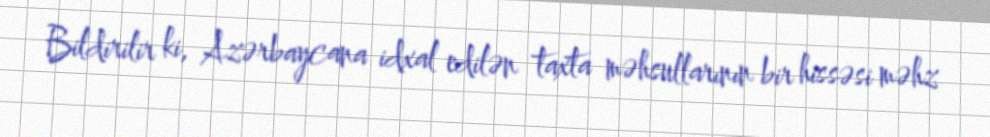
Bildirilir ki, Azərbaycana idxal edilən taxta məhsullarının bir hissəsi məhz